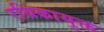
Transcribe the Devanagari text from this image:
रथिकायुक्त